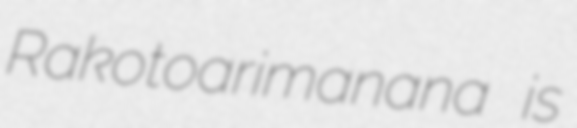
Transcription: Rakotoarimanana is